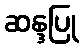
ဆန္ဒပြု